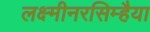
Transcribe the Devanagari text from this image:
लक्ष्मीनरसिम्हैया